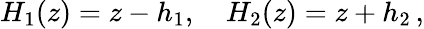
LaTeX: H_{1}(z)=z-h_{1},\quad H_{2}(z)=z+h_{2}\, ,